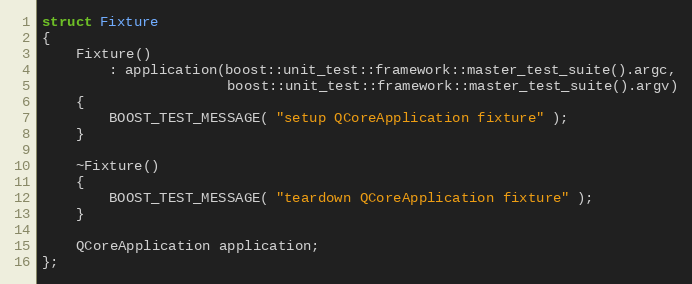
Language: C++
struct Fixture
{
    Fixture()
        : application(boost::unit_test::framework::master_test_suite().argc,
                      boost::unit_test::framework::master_test_suite().argv)
    {
        BOOST_TEST_MESSAGE( "setup QCoreApplication fixture" );
    }

    ~Fixture()
    {
        BOOST_TEST_MESSAGE( "teardown QCoreApplication fixture" );
    }

    QCoreApplication application;
};